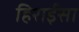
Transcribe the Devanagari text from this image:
हिराईसा